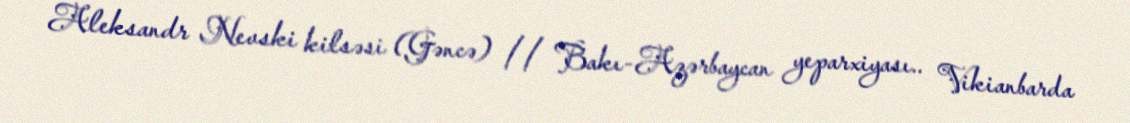
Aleksandr Nevski kilsəsi (Gəncə) // Bakı-Azərbaycan yeparxiyası.. Vikianbarda